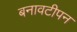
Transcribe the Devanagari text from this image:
बनावटीपन